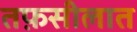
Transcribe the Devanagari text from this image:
तफ़सीलात